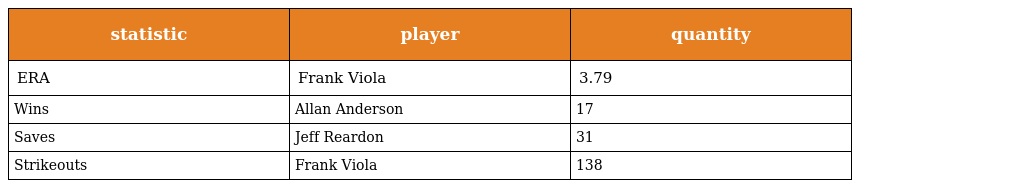
| statistic | player | quantity |
 | --- | --- | --- |
 | ERA | Frank Viola | 3.79 |
 | Wins | Allan Anderson | 17 |
 | Saves | Jeff Reardon | 31 |
 | Strikeouts | Frank Viola | 138 |